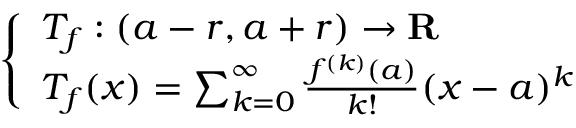
\left\{ \begin{array} { l l } { T _ { f } : ( a - r , a + r ) \to \mathbf { R } } \\ { T _ { f } ( x ) = \sum _ { k = 0 } ^ { \infty } { \frac { f ^ { ( k ) } ( a ) } { k ! } } ( x - a ) ^ { k } } \end{array} \right.